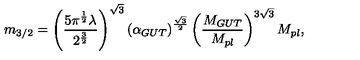
m _ { 3 / 2 } = \left( \frac { 5 \pi ^ { \frac { 1 } { 2 } } \lambda } { 2 ^ { \frac { 3 } { 2 } } } \right) ^ { \sqrt 3 } \left( \alpha _ { G U T } \right) ^ { \frac { \sqrt 3 } { 2 } } \left( \frac { M _ { G U T } } { M _ { p l } } \right) ^ { 3 \sqrt 3 } M _ { p l } ,